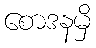
စောဒနမှိ